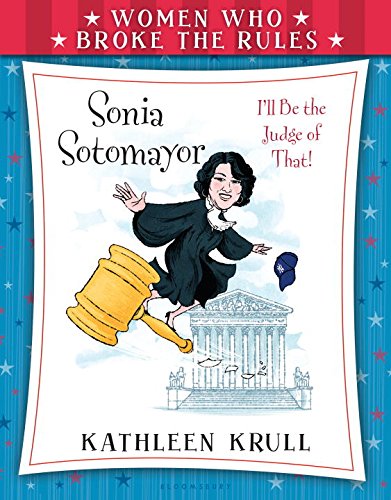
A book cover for Women Who Broke the Rules: Sonia Sotomayor; Kathleen Krull; Children's Books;